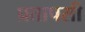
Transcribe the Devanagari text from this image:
प्रतापसी